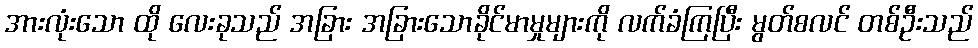
အားလုံးသော ထို လေးခုသည် အခြား အခြားသောခိုင်မာမှုများကို လက်ခံကြပြီး မွတ်စလင် တစ်ဦးသည်